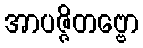
အာပဇ္ဇိတဗ္ဗော